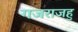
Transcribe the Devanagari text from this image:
गजराजहु